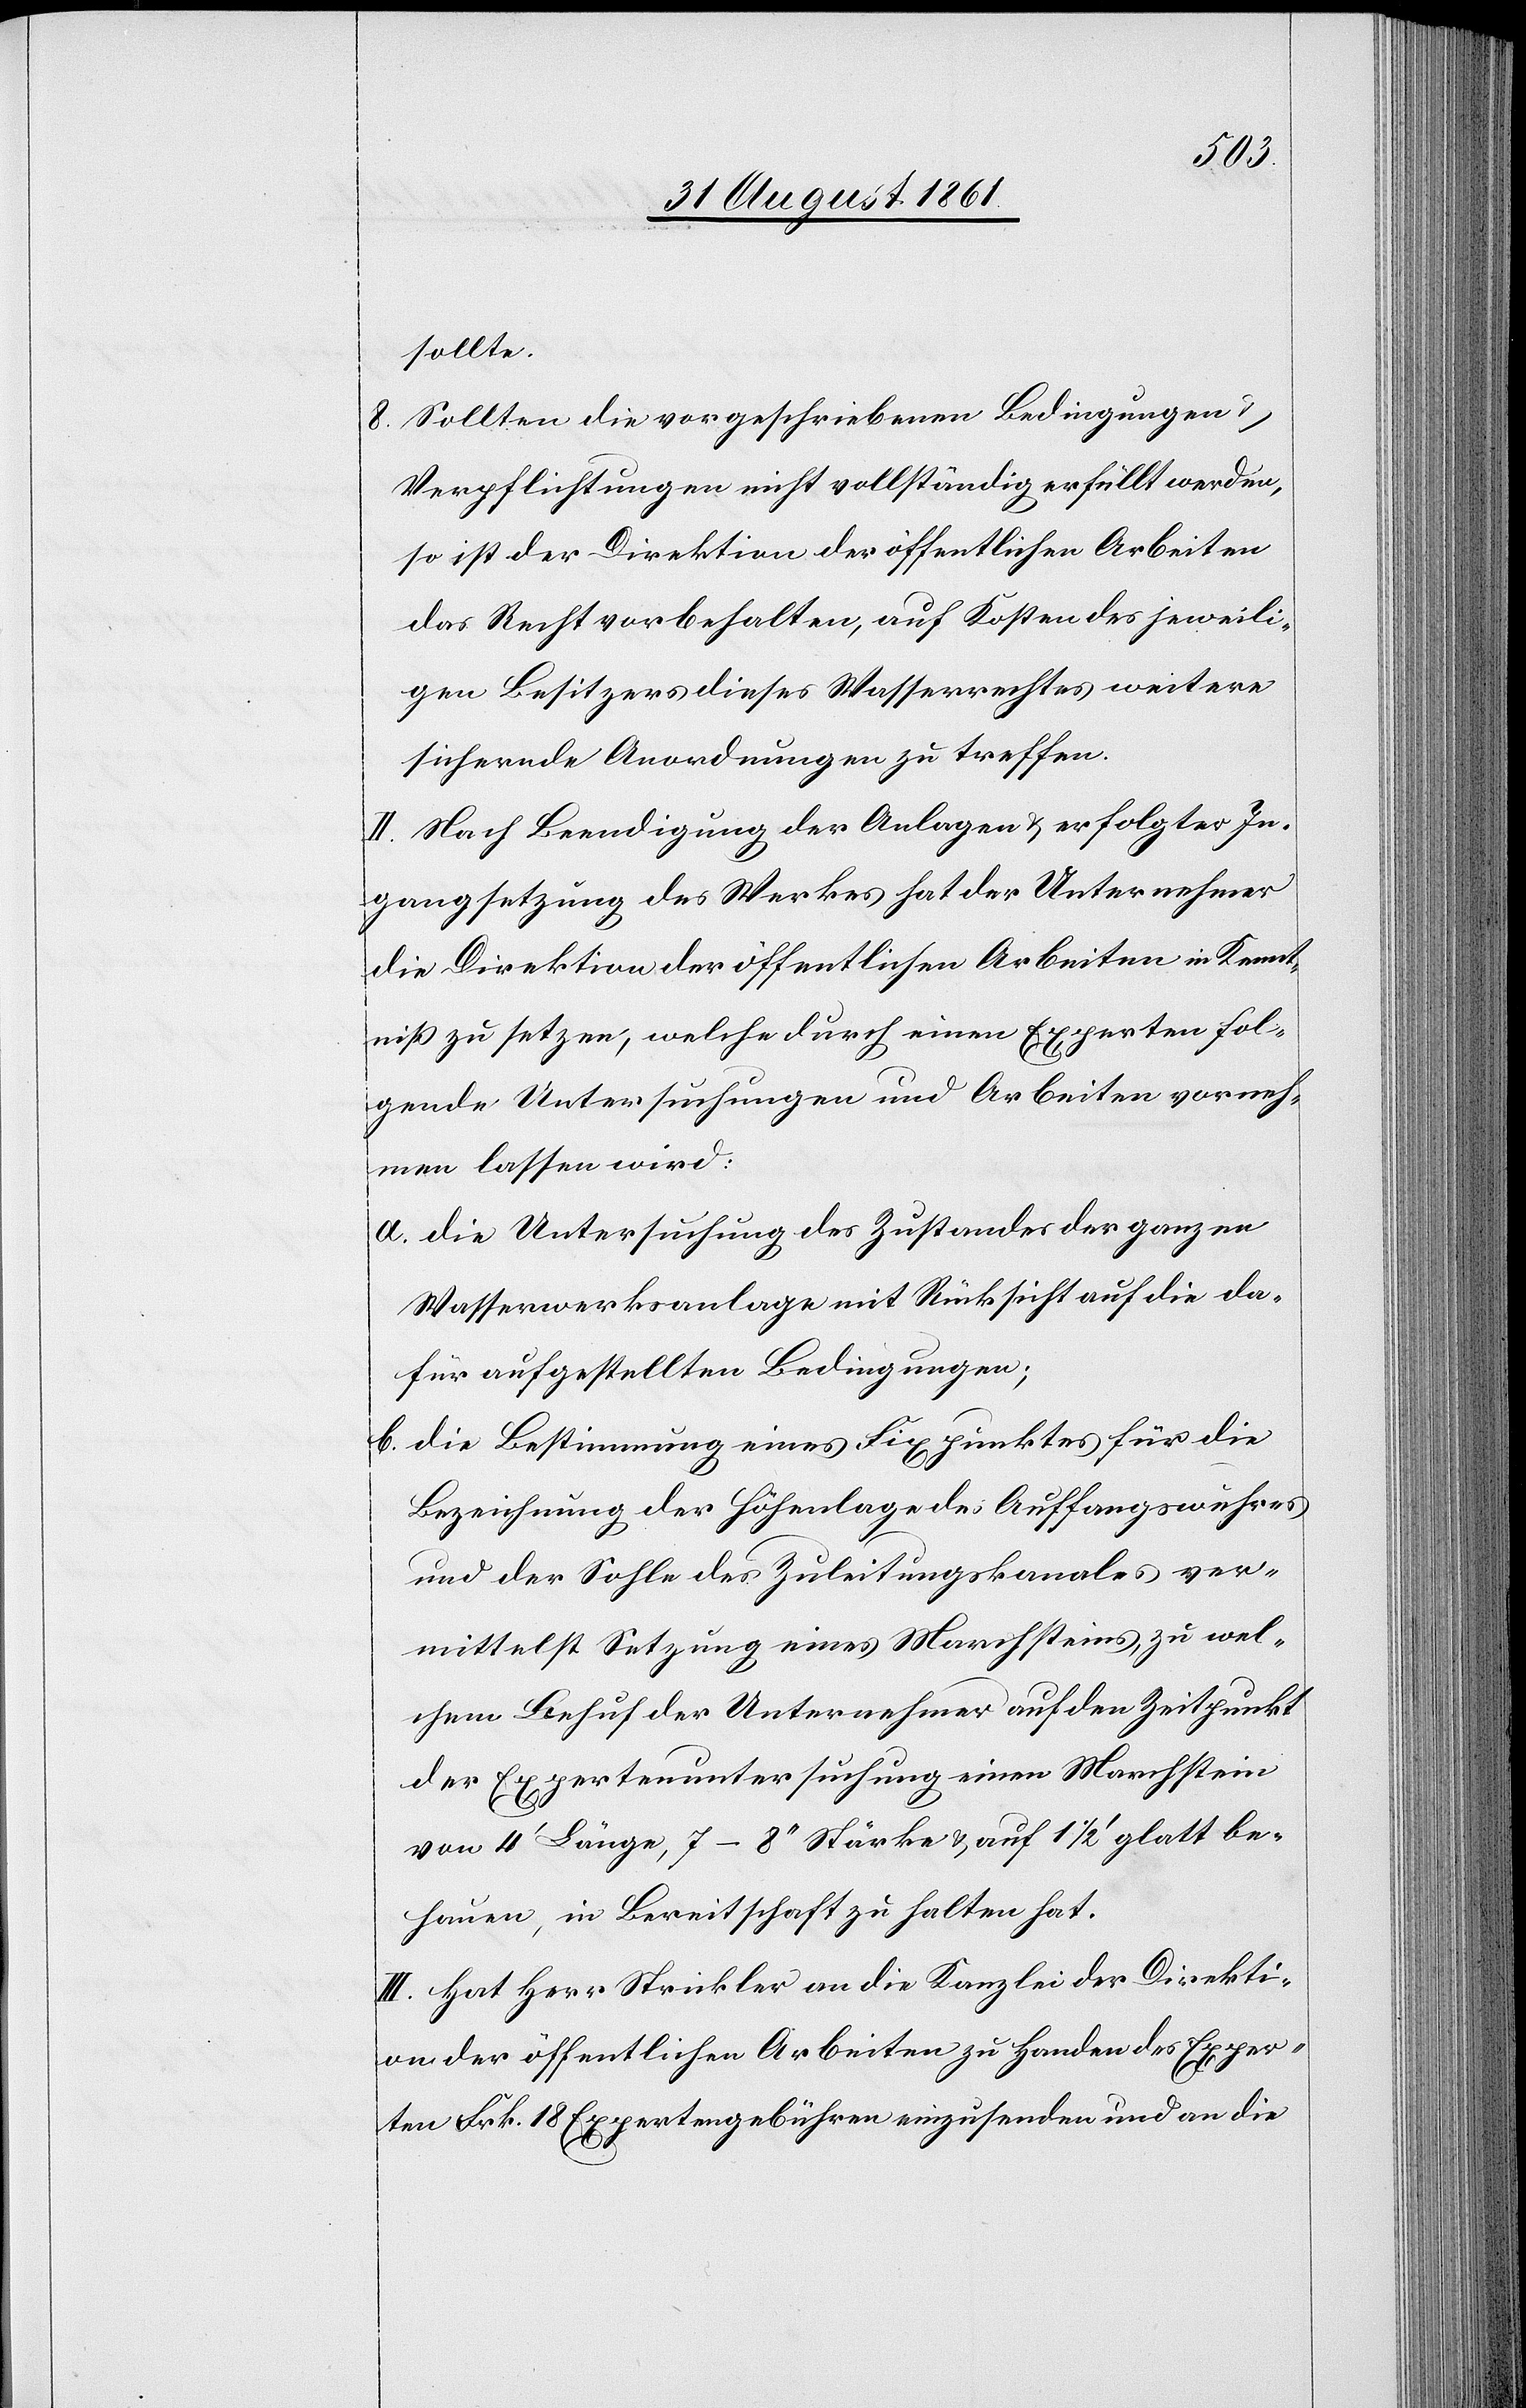
sollte.
8. Sollten die vorgeschriebenen Bedingungen u.
Verpflichtungen nicht vollständig erfüllt werden,
so ist der Direktion der öffentlichen Arbeiten
das Recht vorbehalten, auf Kosten des jeweili¬
gen Besitzers dieses Wasserrechtes weitere
sichernde Anordnungen zu treffen.
II. Nach Beendigung der Anlagen u. erfolgter In¬
gangsetzung des Werkes hat der Unternehmer
die Direktion der öffentlichen Arbeiten in Kennt¬
niß zu setzen, welche durch einen Experten fol¬
gende Untersuchungen und Arbeiten vorneh¬
men lassen wird:
a. die Untersuchung des Zustandes der ganzen
Wasserwerksanlage mit Rücksicht auf die da¬
für aufgestellten Bedingungen;
b. die Bestimmung eines Fixpunktes für die
Bezeichnung der Höhenlage des Auffangswuhres
und der Sohle des Zuleitungskanales ver¬
mittelst Setzung eines Marchsteines zu wel¬
chem Behuf der Unternehmer auf den Zeitpunkt
der Expertenuntersuchung einen Marchstein
von 4‘ Länge, 7–8‘‘ Stärke u. auf 1 1/2‘ glatt be¬
hauen, in Bereitschaft zu halten hat.
III. Hat Herr Strickler an die Kanzlei der Direkti¬
on der öffentlichen Arbeiten zu Handen des Exper¬
ten Frk. 18 Expertengebühren einzusenden und an die